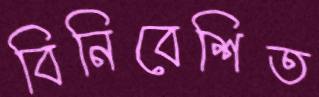
বিনিবেশিত